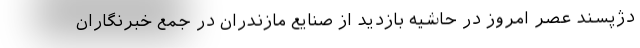
دژپسند عصر امروز در حاشیه بازدید از صنایع مازندران در جمع خبرنگاران